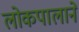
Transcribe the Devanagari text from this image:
लोकपालाने